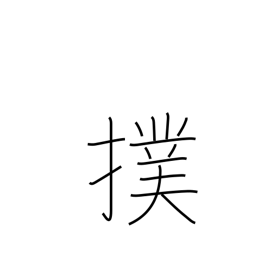
Meaning: slap